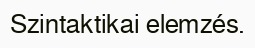
Szintaktikai elemzés.